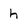
Character: h